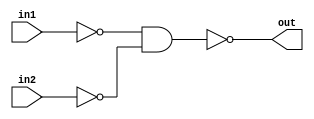
// Developed by: Aashi Srivastava
// TITLE: OR FROM NAND

module orfromnand (
    out, in1, in2
);
    input in1, in2;
    output out;
    wire wire1 , wire2;

    nand n1(wire1, in1, in1);
    nand n2(wire2, in2, in2);
    nand n3(out, wire1, wire2);
    
endmodule